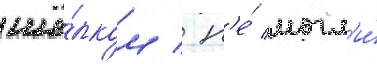
шё́лком / н'е́ могл'и́